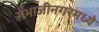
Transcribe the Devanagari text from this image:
संभाजीनगरमध्ये